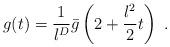
LaTeX: \begin{align*}g(t) = \frac{1}{l^D } \bar{g} \left( 2+\frac{l^2 }{2} t \right) \ .\end{align*}